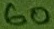
Text: 60